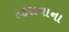
ટકરાવાના